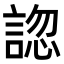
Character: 𧩓